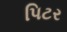
પિટર